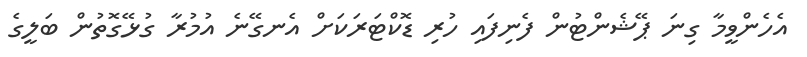
އެހެންވީމާ ގިނަ ޕޭޝެންޓުން ފެނިފައި ހުރި ޑޮކްޓަރަކަށް އެނގޭނެ އުމުރާ ގުޅޭގޮތުން ބަލީގެ